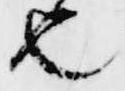
也